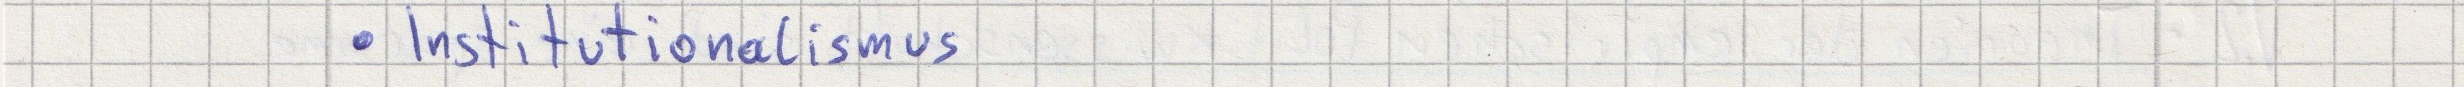
- Institutionalismus